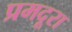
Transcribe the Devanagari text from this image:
प्रमदूरा